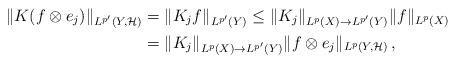
LaTeX: \begin{align*}\|K(f\otimes e_j)\|_{L^{p'}(Y,\mathcal H)} & = \|K_j f\|_{L^{p'}(Y)} \leq \|K_j\|_{L^p(X)\to L^{p'}(Y)} \|f\|_{L^{p}(X)} \\& = \|K_j\|_{L^p(X)\to L^{p'}(Y)} \|f\otimes e_j\|_{L^{p}(Y,\mathcal H)} \,,\end{align*}